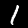
Label: 1